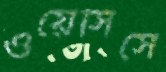
ওয়েসিসে